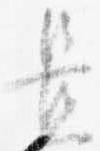
置